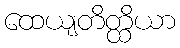
ထေယျတိတ္ထိယာ